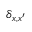
\delta _ { x , x ^ { \prime } }